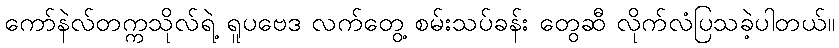
ကော်နဲလ်တက္ကသိုလ်ရဲ့ ရူပဗေဒ လက်တွေ့ စမ်းသပ်ခန်း တွေဆီ လိုက်လံပြသခဲ့ပါတယ်။